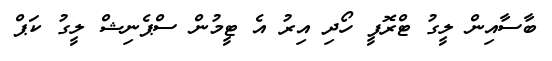
ބާސާއިން ލީގު ޓްރޮފީ ހޯދި އިރު އެ ޓީމުން ސްޕެނިޝް ލީގު ކަޕް